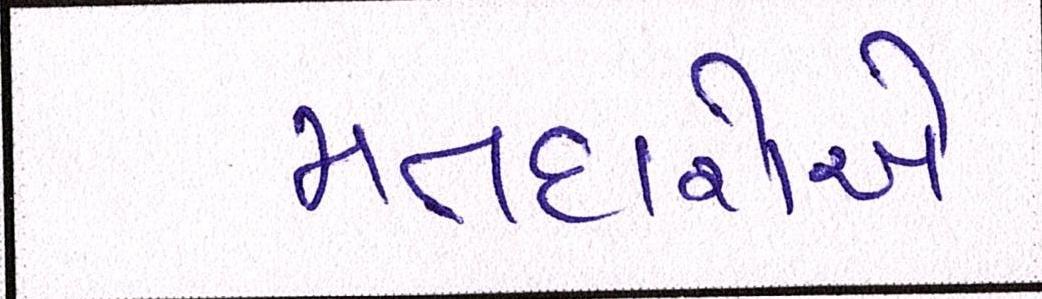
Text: મતદારોએ